Code of medical and sanitary regulations for the guidance of medical officers serving in the Madras Presidency - Volume II
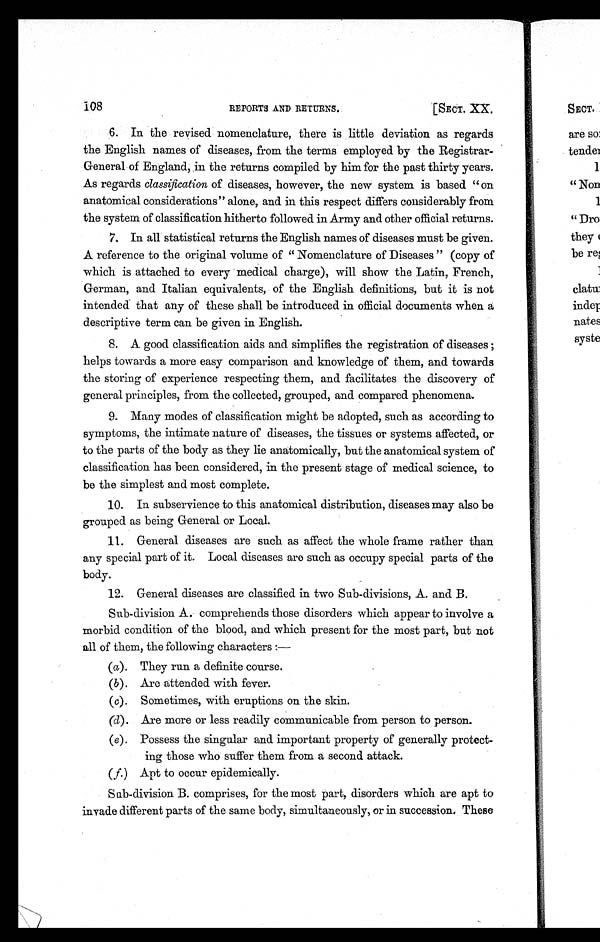
108
REPORTS AND RETURNS.
[SECT. XX.
6. In the revised nomenclature, there is little deviation as regards
the English names of diseases, from the terms employed by the Registrar-
General of England, in the returns compiled by him for the past thirty years.
As regards classification of diseases, however, the new system is based " on
anatomical considerations" alone, and in this respect differs considerably from
the system of classification hitherto followed in Army and other official returns.
7. In all statistical returns the English names of diseases must be given.
A reference to the original volume of " Nomenclature of Diseases " (copy of
which is attached to every medical charge), will show the Latin, French,
German, and Italian equivalents, of the English definitions, but it is not
intended that any of these shall be introduced in official documents when a
descriptive term can be given in English.
8. A good classification aids and simplifies the registration of diseases ;
helps towards a more easy comparison and knowledge of them, and towards
the storing of experience respecting them, and facilitates the discovery of
general principles, from the collected, grouped, and compared phenomena.
9. Many modes of classification might be adopted, such as according to
symptoms, the intimate nature of diseases, the tissues or systems affected, or
to the parts of the body as they lie anatomically, but the anatomical system of
classification has been considered, in the present stage of medical science, to
be the simplest and most complete.
10. In subservience to this anatomical distribution, diseases may also be
grouped as being General or Local.
11. General diseases are such as affect the whole frame rather than
any special part of it. Local diseases are such as occupy special parts of the
body.
12. General diseases are classified in two Sub-divisions, A. and B.
Sub-division A. comprehends those disorders which appear to involve a
morbid condition of the blood, and which present for the most part, but not
all of them, the following characters :
—
(a). They run a definite course.
(b). Are attended with fever.
(c). Sometimes, with eruptions on the skin.
(d). Are more or less readily communicable from person to person.
(e). Possess the singular and important property of generally protect-
ing those who suffer them from a second attack.
( f. ) Apt to occur epidemically.
Sub-division B. comprises, for the most part, disorders which are apt to
invade different parts of the same body, simultaneously, or in successions These